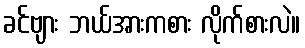
ခင်ဗျား ဘယ်အားကစား လိုက်စားလဲ။